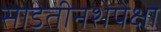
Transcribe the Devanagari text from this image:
साडेतीनशेपेक्षा